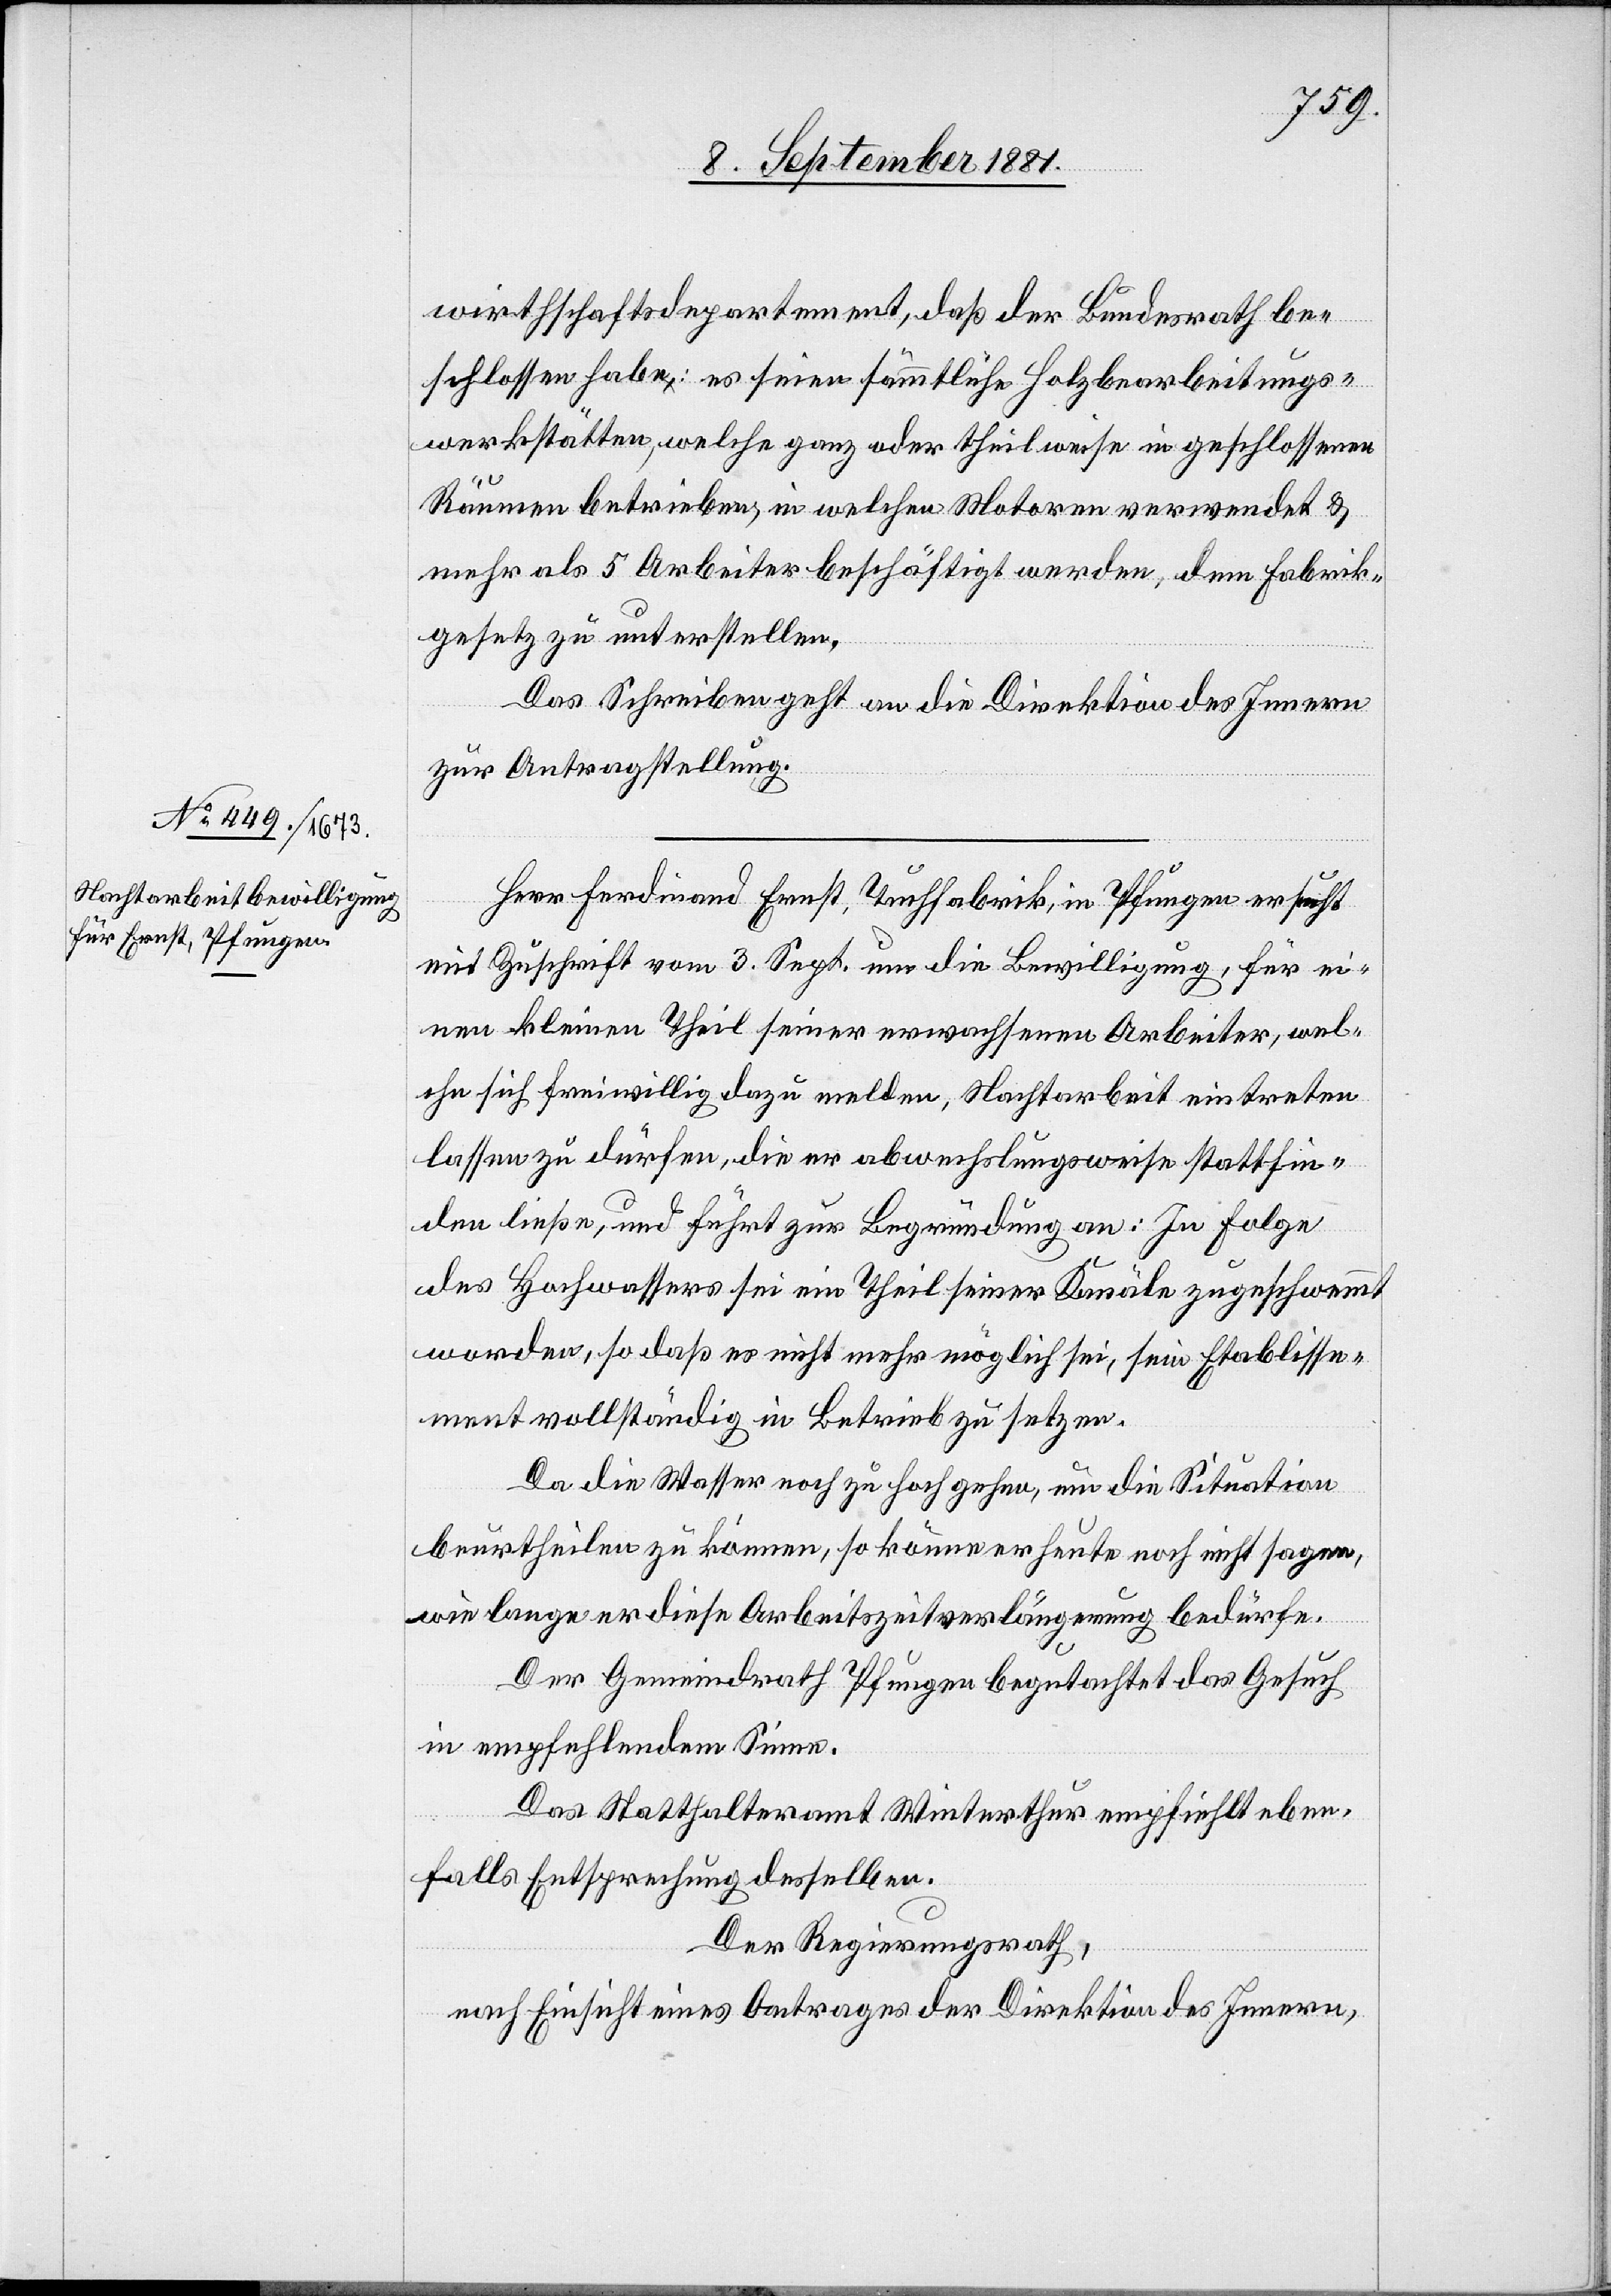
9. September 1881.]
wirthschaftsdepartement, daß der Bundesrath be¬
schlossen habe: es seien sämmtliche Holzbearbeitungs¬
werkstätten, welche ganz oder theilweise in geschlossenen
Räumen betrieben, in welchen Motoren verwendet &
mehr als 5 Arbeiter beschäftig werden, dem Fabrik¬
gesetz zu unterstellen.
Das Schreiben geht an die Direktion des Innern
zur Antragsstellung.
Herr Ferdinand Ernst, Tuchfabrik, in Pfungen ersucht
mit Zuschrift vom 3. Sept. um die Bewilligung, für ei¬
nen kleinen Theil seiner erwachsenen Arbeiter, wel¬
che sich freiwillig dazu melden, Nachtarbeit eintreten
lassen zu dürfen, die er abwechslungsweise stattfin¬
den ließe, und führt zur Begründung an: In Folge
des Hochwassers sei ein Theil seiner Kanäle zugeschwe¬
worden, so daß es nicht mehr möglich sei, sein Etablisse¬
ment vollständig in Betrieb zu setzen.
Da die Wasser noch zu hoch gehen, um die Situation
beurtheilen zu können, so könne er heute noch nicht sagen,
wie lange er diese Arbeitszeitverlängerung bedürfe.
Der Gemeindrath Pfungen begutachtet das Gesuch
in empfehlendem Sinne.
mmt
Das Statthalteramt Winterthur empfiehlt eben¬
falls Entsprechung desselben.
Der Regierungsrath,
nach Einsicht eines Antrages der Direktion des Innern,